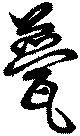
甍